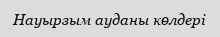
Науырзым ауданы көлдері